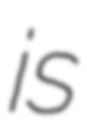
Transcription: is